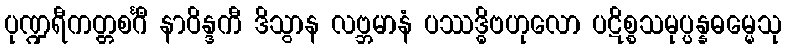
ပုဏ္ဍရီကတ္တစင်္ဂီ နာဝိန္ဒကီ ဒိသွာန လဗ္ဘမာနံ ပဿဒ္ဓိဗဟုလော ပဋိစ္စသမုပ္ပန္နဓမ္မေသု